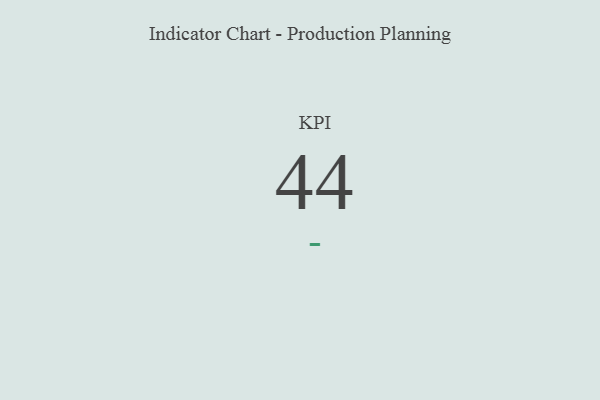
{"axis": {"x": "KPI", "y": "Value"}, "legend": [""], "data": [{"x": "KPI", "y": 44, "type": ""}]}